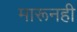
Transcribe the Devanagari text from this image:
मारूनही